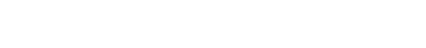
ဧဝမေဝခေါ၊ ဤအတူသာလျှင်။ ယသ္မိံသမယေ၊ အကြင်အခါ၌။